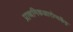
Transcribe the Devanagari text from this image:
प्राथमिकआरोग्यकेंद्र